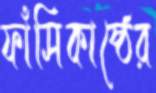
ফাঁসিকাষ্ঠের